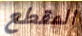
المقطع